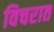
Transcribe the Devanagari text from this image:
विचरात